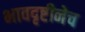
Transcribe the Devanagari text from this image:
भावदृष्टीनेच